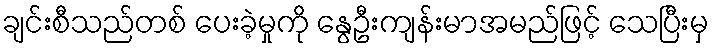
ချင်းစီသည်တစ် ပေးခဲ့မှုကို နွေဦးကျန်းမာအမည်ဖြင့် သေပြီးမှ